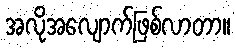
အလိုအလျောက်ဖြစ်လာတာ။